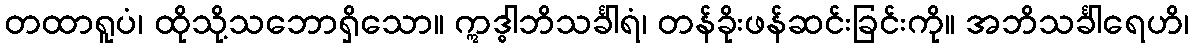
တထာရူပံ၊ ထိုသို့သဘောရှိသော။ ဣဒ္ဓါဘိသင်္ခါရံ၊ တန်ခိုးဖန်ဆင်းခြင်းကို။ အဘိသင်္ခါရေဟိ၊